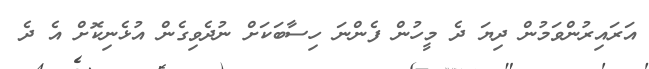
އަރައިރުންވަމުން ދިޔަ ދެ މީހުން ފެންނަ ހިސާބަކަށް ނުދެވިގެން އުޅެނިކޮށް އެ ދެ